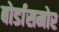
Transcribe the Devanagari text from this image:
बोर्डासमोर